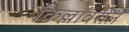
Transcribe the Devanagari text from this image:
किल्लावरील